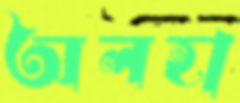
অলহা